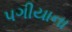
પગીયાના